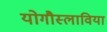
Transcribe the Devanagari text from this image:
योगौस्लाविया